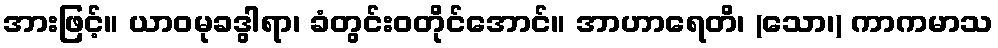
အားဖြင့်။ ယာဝမုခဒွါရာ၊ ခံတွင်းဝတိုင်အောင်။ အာဟာရေတိ၊ (သော၊) ကာကမာသ